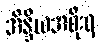
အိန္ဒိယအစိုးရ